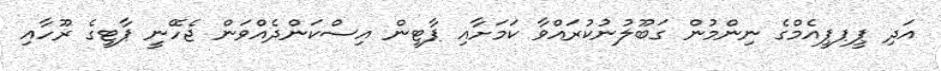
އަދި ޕީޕޕީއެމްގެ ނިންމުން ގަބޫލުނުކުރައްވާ ކަމަށާއި ޕާޓީން އިސްކަންދެއްވަން ޖެހޭނީ ޕާޓީގެ ރޫހާއި